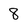
Character: 8